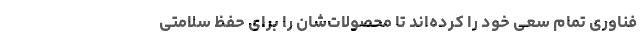
فناوری تمام سعی‌ خود را کرده‌اند تا محصولات‌شان را برای حفظ سلامتی